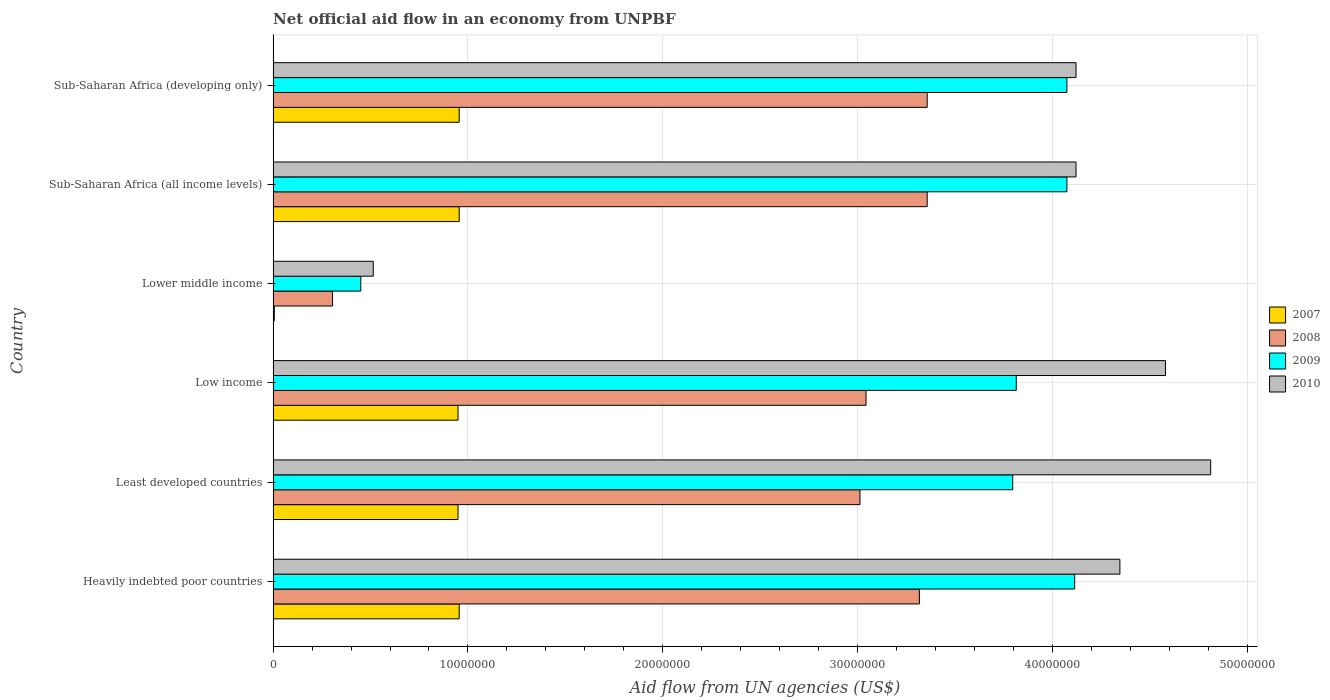
| Country | 2007 | 2008 | 2009 | 2010 |
 | --- | --- | --- | --- | --- |
 | Heavily indebted poor countries | 9.55e+06 | 3.32e+07 | 4.11e+07 | 4.35e+07 |
 | Least developed countries | 9.49e+06 | 3.01e+07 | 3.8e+07 | 4.81e+07 |
 | Low income | 9.49e+06 | 3.04e+07 | 3.81e+07 | 4.58e+07 |
 | Lower middle income | 6e+04 | 3.05e+06 | 4.5e+06 | 5.14e+06 |
 | Sub-Saharan Africa (all income levels) | 9.55e+06 | 3.36e+07 | 4.07e+07 | 4.12e+07 |
 | Sub-Saharan Africa (developing only) | 9.55e+06 | 3.36e+07 | 4.07e+07 | 4.12e+07 |